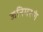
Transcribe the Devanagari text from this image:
जनिमरणं